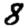
Digit: 8